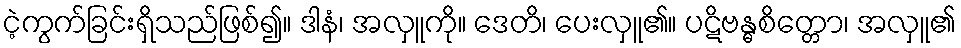
ငဲ့ကွက်ခြင်းရှိသည်ဖြစ်၍။ ဒါနံ၊ အလှူကို။ ဒေတိ၊ ပေးလှူ၏။ ပဋိဗန္ဓစိတ္တော၊ အလှူ၏